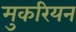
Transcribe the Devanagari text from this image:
मुकरियन